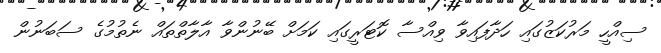
ސިއްހީ މަރުކަޒުގައި ހަދާފައިވާ ވިއްސާ ކޮޓަރީގައި ކަމަށް ބޭނުންވާ އާލާތްތައް ނެތުމުގެ ސަބަނުން